Leprosy in India: report of the Leprosy Commission in India, 1890-91
Year: 1890
Disease focus: Leprosy
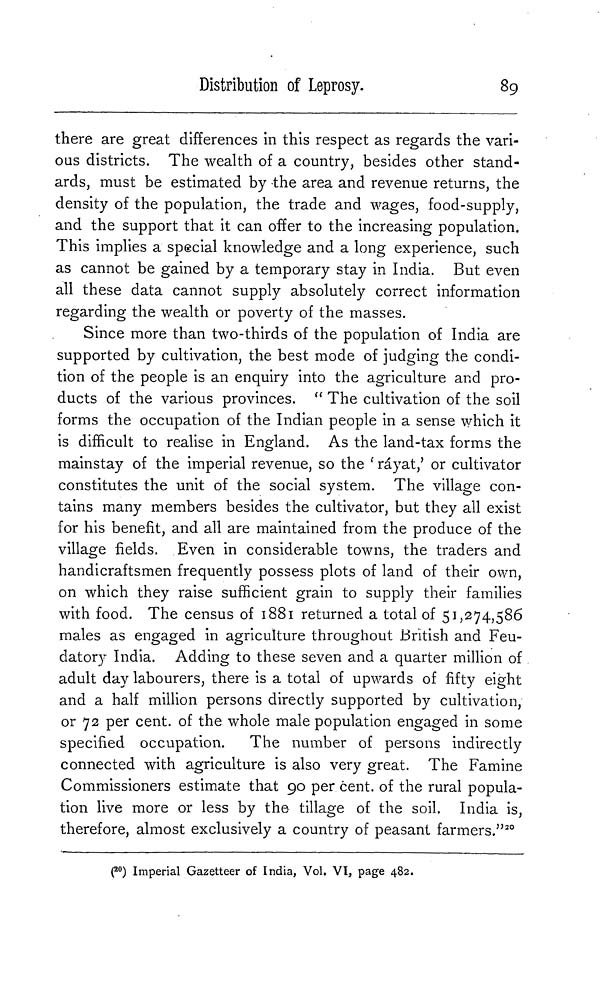
Distribution of Leprosy.
89
there are great differences in this respect as regards the vari-
ous districts. The wealth of a country, besides other stand-
ards, must be estimated by -the area and revenue returns, the
density of the population, the trade and wages, food-supply,
and the support that it can offer to the increasing population.
This implies a special knowledge and a long experience, such
as cannot be gained by a temporary stay in India. But even
all these data cannot supply absolutely correct information
regarding the wealth or poverty of the masses.
Since more than two-thirds of the population of India are
supported by cultivation, the best mode of judging the condi-
tion of the people is an enquiry into the agriculture and pro-
ducts of the various provinces. " The cultivation of the soil
forms the occupation of the Indian people in a sense which it
is difficult to realise in England. As the land-tax forms the
mainstay of the imperial revenue, so the ' ráyat: or cultivator
constitutes the unit of the social system. The village con-
tains many members besides the cultivator, but they all exist
for his benefit, and all are maintained from the produce of the
village fields. Even in considerable towns, the traders and
handicraftsmen frequently possess plots of land of their own,
on which they raise sufficient grain to supply their families
with food. The census of 1881 returned a total of 51, 274, 586
males as engaged in agriculture throughout British and Feu-
datory India. Adding to these seven and a quarter million of
adult day labourers, there is a total of upwards of fifty eight
and a half million persons directly supported by cultivation,
or 72 per cent, of the whole male population engaged in some
specified occupation. The number of persons indirectly
connected with agriculture is also very great. The Famine
Commissioners estimate that 90 per cent, of the rural popula-
tion live more or less by the tillage of the soil. India is,
therefore, almost exclusively a country of peasant farmers." 20
( 20 ) Imperial Gazetteer of India, Vol. VI, page 482.